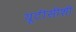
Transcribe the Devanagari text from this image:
यूटीसीशी